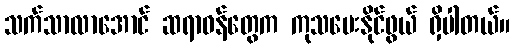
သက်သာလာအောင် ဆရာဝန်တွေက ကုသပေးနိုင်ဖွယ် ရှိပါတယ်။